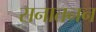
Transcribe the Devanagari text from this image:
सनातनन